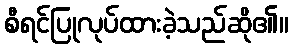
စီရင်ပြုလုပ်ထားခဲ့သည်ဆို၏။